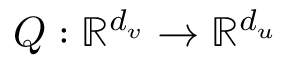
Q : \mathbb { R } ^ { d _ { v } } \rightarrow \mathbb { R } ^ { d _ { u } }